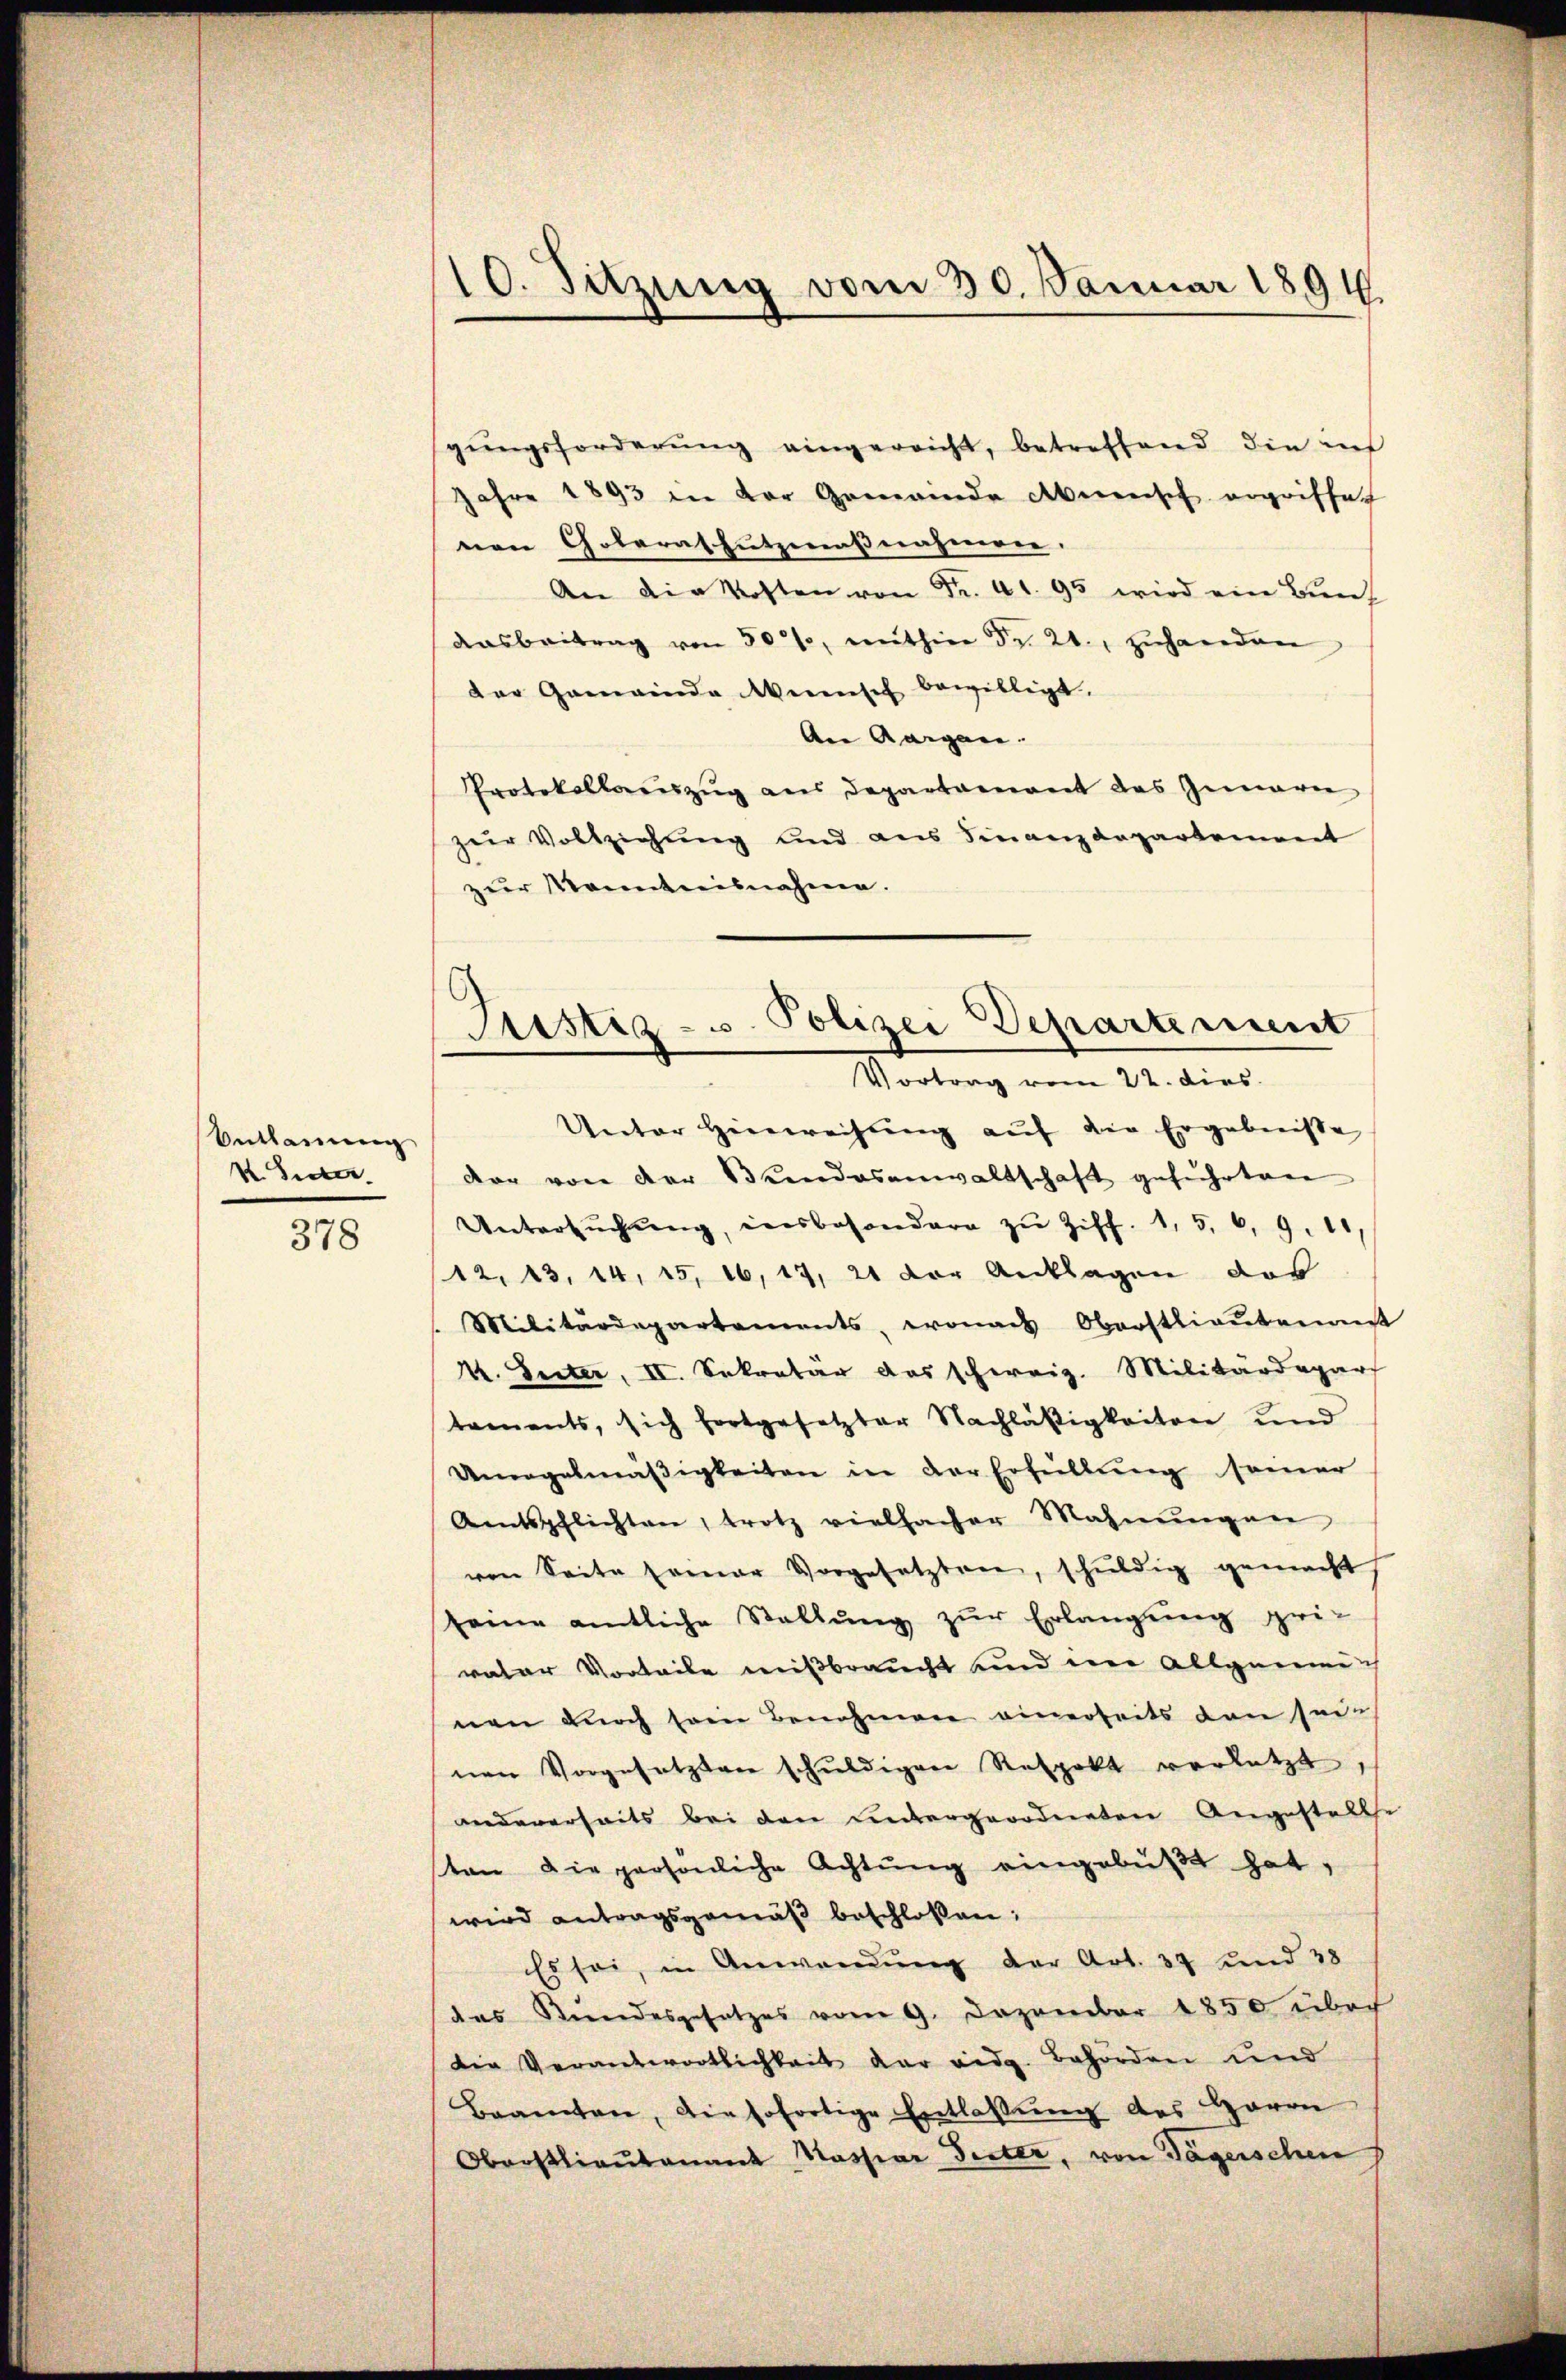
Entlanung
V. Inter

378

10. Sitzung vom 30. Januar 1891.

gŭngsforderŭng eingereicht, betreffend die in
Jahre 1893 in der Gemeinde Abnensch ergriffe
nen Colerathützenaßnahmen.
An die Kosten von Fr. 41. 95 wird ein Buch
Aasbeitrag von 50%, mithin Fr. 21., zŭhanden
der Gemeinde Weinsch bewilligt.
An Aargau. |
Protokollauszug aus Departement des Innern
zur Vollziehung und aus Finanzdepartement
zur Kenntnisnahme.
Unter Hinweisŭng aŭf die Ergebnisse
dar von der Bundesanwaltschaft geführten
Untersŭchŭng, insbesondere zŭ Ziff. 1, 5, 6, 9. 11,
12, 13, 14, 15, 16, 17, 21 der Anklagen das
Militärdepartements, wonas Oberstlieutenan
V. Seiter, II. Sekretär das schweiz. Militärdepar
taments, sich fortgesetzter Nachläßigkeiten und
Umegelmäβigkeiten in der Erfüllung seiner
Aentspflichten, trotz vielfacher Mahnŭngen
von Seite seiner Vorgesetzten, schuldig gemacht,
seine amtliche Stallŭng zŭr Erlangung pri-
vater Vorteile mißbraucht und im Allgemeins
nen durch sein Benehmen einerseits den sein
nen Vorgesetzten schŭldigen Respekt verletzt,
andererheits bei den untergeordneten Angestelle
sten die persönliche Achtŭng eingebüßt hat,
wird antragsgemäß beschlossen:
Es sei, in Anwendung der Art. 37 und 38
das Stundesgesetzes vom 9. Dezember 1850 übri
die Verantwortlichkeit der eidg. Behörden und
Beamten, die sofortige Entlassŭng des Herrn
Oberstlieutenant Massiar Seiter, von Tägerschen

Justiz- u. Polizei Departement
Vortrag vom 22. dies